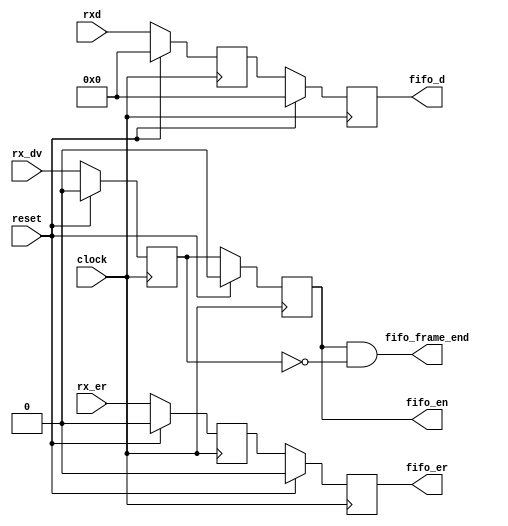
//
// Move data from GMII RX to FIFO.
//
// Copyright (c) 2014 Jared Boone, ShareBrained Technology, Inc.
//
// This file is part of Project Daisho.
//
// This program is free software; you can redistribute it and/or modify
// it under the terms of the GNU General Public License as published by
// the Free Software Foundation; either version 2, or (at your option)
// any later version.
//
// This program is distributed in the hope that it will be useful,
// but WITHOUT ANY WARRANTY; without even the implied warranty of
// MERCHANTABILITY or FITNESS FOR A PARTICULAR PURPOSE.  See the
// GNU General Public License for more details.
//
// You should have received a copy of the GNU General Public License
// along with this program; see the file COPYING.  If not, write to
// the Free Software Foundation, Inc., 51 Franklin Street,
// Boston, MA 02110-1301, USA.
//

module gmii_rx_to_fifo (
	input		wire				reset,
	input		wire				clock,
	input		wire				rx_dv,
	input		wire	[ 7:0]	rxd,
	input		wire				rx_er,
	output	wire				fifo_en,
	output	wire	[ 7:0]	fifo_d,
	output	wire				fifo_er,
	output	wire				fifo_frame_end
);

reg					rx_dv_1;
reg					rx_dv_2;

reg		[ 7:0]	rxd_1;
reg		[ 7:0]	rxd_2;

reg					rx_er_1;
reg					rx_er_2;

// RX pipeline
always @(posedge clock) begin
	if (reset) begin
		rx_dv_1 <= 0;
		rx_dv_2 <= 0;

		rxd_1 <= 0;
		rxd_2 <= 0;

		rx_er_1 <= 0;
		rx_er_2 <= 0;
	end
	else begin
		rx_dv_1 <= rx_dv;
		rx_dv_2 <= rx_dv_1;

		rxd_1 <= rxd;
		rxd_2 <= rxd_1;

		rx_er_1 <= rx_er;
		rx_er_2 <= rx_er_1;
	end
end

assign	fifo_en				= rx_dv_2;
assign	fifo_frame_end		= rx_dv_2 && !rx_dv_1;
assign	fifo_er				= rx_er_2;
assign	fifo_d				= rxd_2;

endmodule